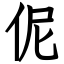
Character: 伲